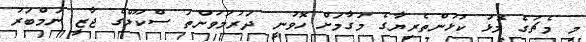
މި މެޗުގެ މޮޅު ކުޅުންތެރިޔާގެ މަގާމަށް ހޮވުނީ ދަރުމަވަންތަ ސްކޫލްގެ ޖާޒީ ނަމްބަރު